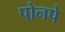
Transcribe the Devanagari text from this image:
पोनपे